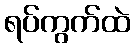
ရပ်ကွက်ထဲ